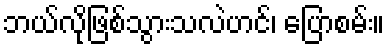
ဘယ်လိုဖြစ်သွားသလဲဟင်၊ ပြောစမ်း။